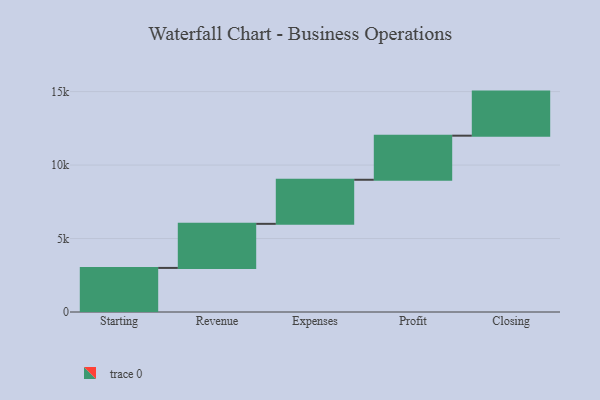
{"axis": {"x": "Step", "y": "Value"}, "legend": [""], "data": [{"x": "Starting", "y": 3000, "type": ""}, {"x": "Revenue", "y": 3000, "type": ""}, {"x": "Expenses", "y": 3000, "type": ""}, {"x": "Profit", "y": 3000, "type": ""}, {"x": "Closing", "y": 3000, "type": ""}]}